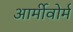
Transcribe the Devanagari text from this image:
आर्मीवोर्म